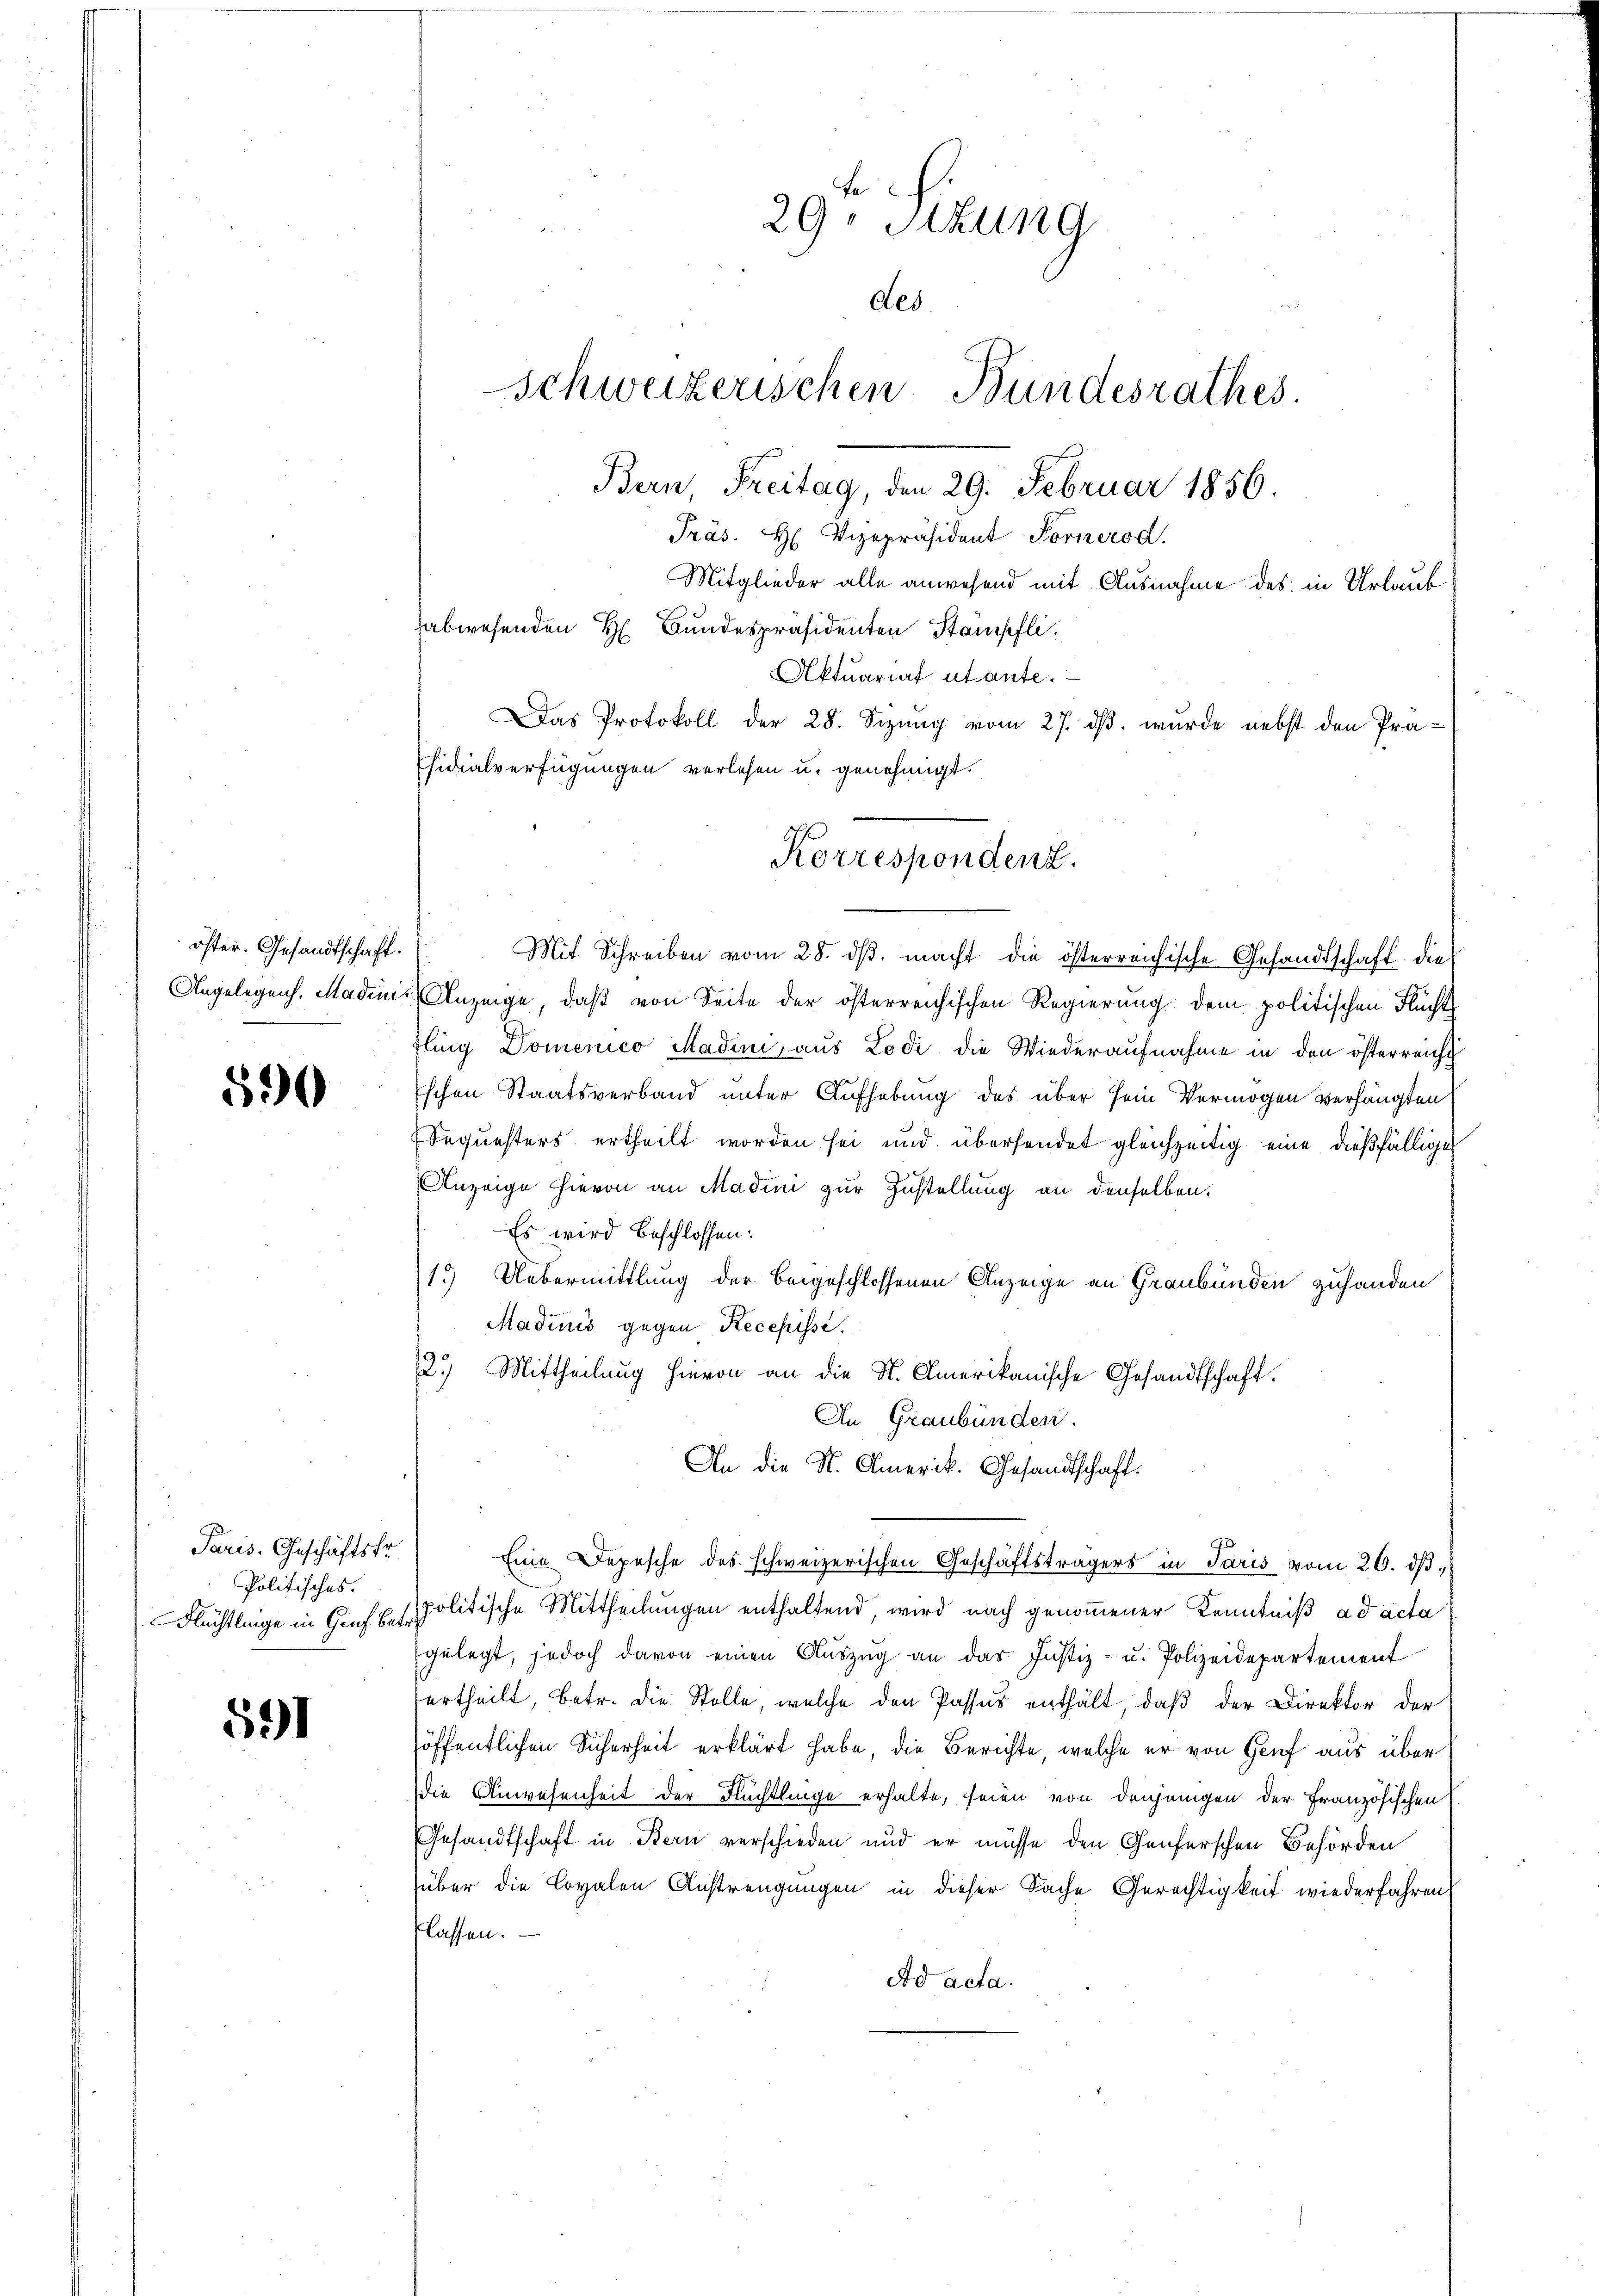
öster. Gesandtschaft.
Angelegens, Madinis

590

Paris. Geschäftsfr.
Politisches.
Flüchtlinge in Genf bei

591

Korrespondenz.

29. Situng
des
Präs. H. Vizepräsident Fornerod.
Mitglieder alle anwesend mit Ausnahme des in Urlaub
abwesenden H. Bundespräsidenten Stämpfli
Aktuariat utante.
Das Protokoll der 28. Sizung vom 27. ds. wurde nebst den Präsidialverfügungen verlesen u. genehmigt.

Mit Schreiben vom 28. dβ. macht die österreichische Gesandtschaft die
 Anzeige, daβ von Seite der österreichischen Regierŭng dem politischen Flucht
fling Domenico Madini, aus Lodi die Wiederaufnahme in den österreich
Eschen Staatsverband unter Aufhebung des über sein Vermögen verhängten
Sequesters ertheilt worden sei und übersendet gleichzeitig eine dießfällige
Anzeige hievon an Madini zur Zustellung an denselben.
Es wird beschlossen:
13) Uebermittlung der beigeschlossenen Anzeige an Graubünden zuhanden
Madinis gegen Recepisse.
2.) Mittheilung hievon an die St. Amerikanische Gesandtschaft.
An Graubünden.
An die St. Amerik. Gesandtschaft.
Eine Depesche des schweizerischen Geschäftsträgers in Paris vom 26. dß.
politische Mittheilungen enthaltend, wird nach genoṁener Kenntniß ad acta
gelegt, jedoch davon einen Aŭszŭg an das Justiz- u. Polizeidepartement
urtheilt, betr. die Stelle, welche den Passus enthält, daß der Direktor der
öffentlichen Sicherheit erklärt habe, die Berichte, welche er von Genf aus über
die Anwesenheit der Flüchtlinge erhalte, seien von denjenigen der Französischen
Gesandtschaft in Bern verschieden und er müsse den Genferschen Behörden
über die Lovalen Anstrengungen in dieser Sache Gerechtigkeit wiederfahren,
klassen.
Ad acta.

schweizerischen Bundesrathes.
Bern, Freitag, den 29. Februar 1856.